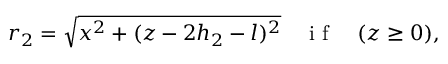
r _ { 2 } = \sqrt { x ^ { 2 } + ( z - 2 h _ { 2 } - l ) ^ { 2 } } \quad \mathrm { ~ i ~ f ~ } \quad ( z \geq 0 ) ,